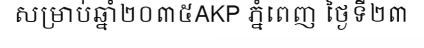
សម្រាប់ឆ្នាំ២០៣៥AKP ភ្នំពេញ ថ្ងៃទី២៣